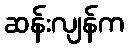
ဆန်းလျန်က